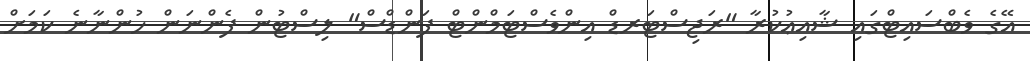
އޭގެ ވެބްސައިޓްގައި ޝާއިޢުކުރާ "ރަޖިސްޓަރޑް އިންވެސްޓަމްންޓް ފަންޑްސް" ލިސްޓުން ފެންނަން ހުންނާނެ ކަމަށް